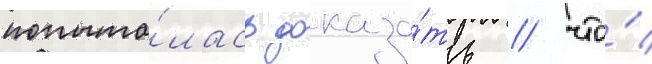
попыта́лась доказа́ть / что́